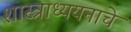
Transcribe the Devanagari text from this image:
शास्त्राध्ययनाचे